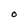
Character: O